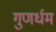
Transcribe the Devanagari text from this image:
गुणर्धम